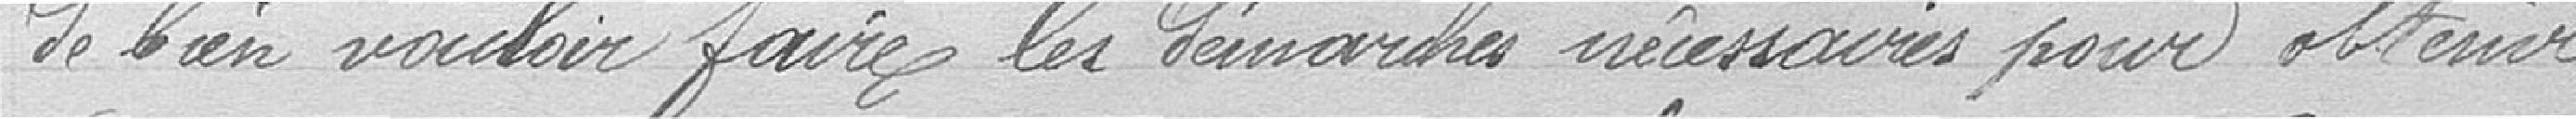
de bien vouloir faire les démarches nécessaires pour obtenir